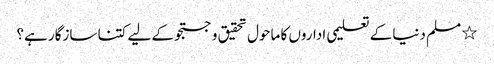
٭ مسلم دنیا کے تعلیمی اداروں کا ماحول تحقیق و جستجو کے لیے کتنا سازگار ہے؟